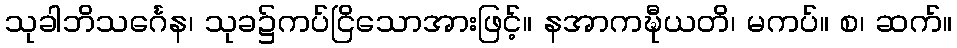
သုခါဘိသင်္ဂေန၊ သုခ၌ကပ်ငြိသောအားဖြင့်။ နအာကဍ္ဎီယတိ၊ မကပ်။ စ၊ ဆက်။